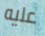
عليه